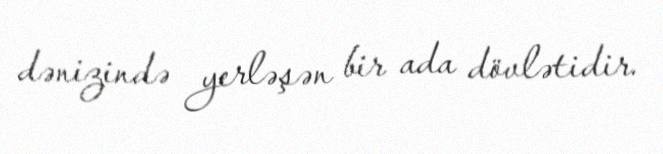
dənizində yerləşən bir ada dövlətidir.